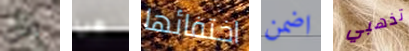
من هي اختفائها اضمن تذهبي